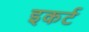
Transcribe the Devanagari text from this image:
इकर्ट